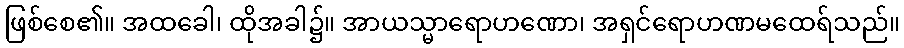
ဖြစ်စေ၏။ အထခေါ၊ ထိုအခါ၌။ အာယသ္မာရောဟဏော၊ အရှင်ရောဟဏမထေရ်သည်။